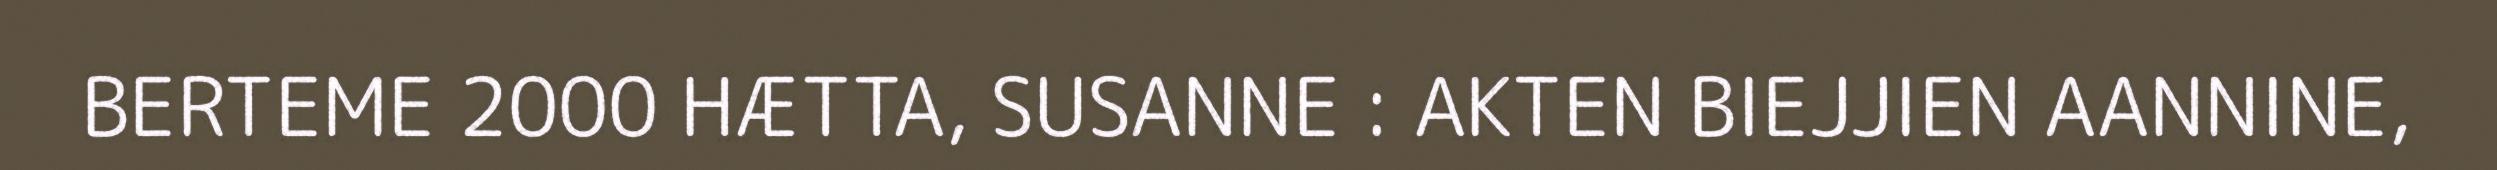
BERTEME 2000 HÆTTA, SUSANNE : AKTEN BIEJJIEN AANNINE,